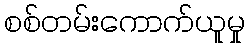
စစ်တမ်းကောက်ယူမှု